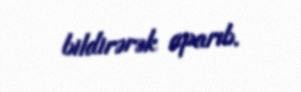
bildirərək aparıb.